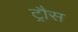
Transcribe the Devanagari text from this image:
ट्रौस